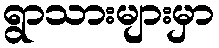
ရွာသားများမှာ